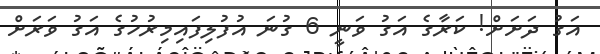
އަގު ދަށަށް! ކަރާގެ އަގު ވަނީ 6 ގުނަ އުފުލިފައިމިރުހުގެ އަގު ވަރަށް